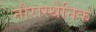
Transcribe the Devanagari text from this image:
नौरास्थेनिक